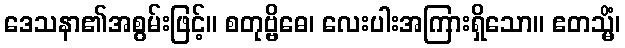
ဒေသနာ၏အစွမ်းဖြင့်။ စတုဗ္ဗိဓေ၊ လေးပါးအကြားရှိသော။ ဧတသ္မိံ၊